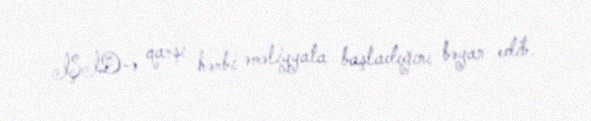
İŞİD-ə qarşı hərbi əməliyyata başladığını bəyan edib.